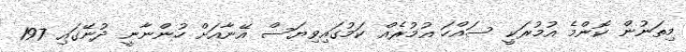
މިތަނުން ކޮންމެ އުމުރަކީ ސައްހަ އުމުރެއް ކަމުގައިވިޔަސް އޭނާއަށް ހުންނާނީ ދުނޭގައި 197